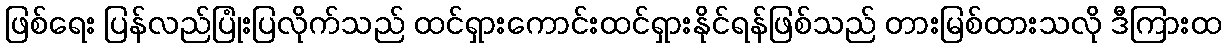
ဖြစ်ရေး ပြန်လည်ပြုံးပြလိုက်သည် ထင်ရှားကောင်းထင်ရှားနိုင်ရန်ဖြစ်သည် တားမြစ်ထားသလို ဒီကြားထ